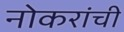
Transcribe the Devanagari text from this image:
नोकरांची